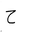
Letter: _ha